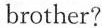
brother?